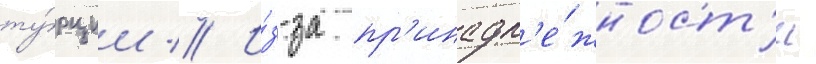
ту́рции // И́з-за пр'инадл'е́жност'и